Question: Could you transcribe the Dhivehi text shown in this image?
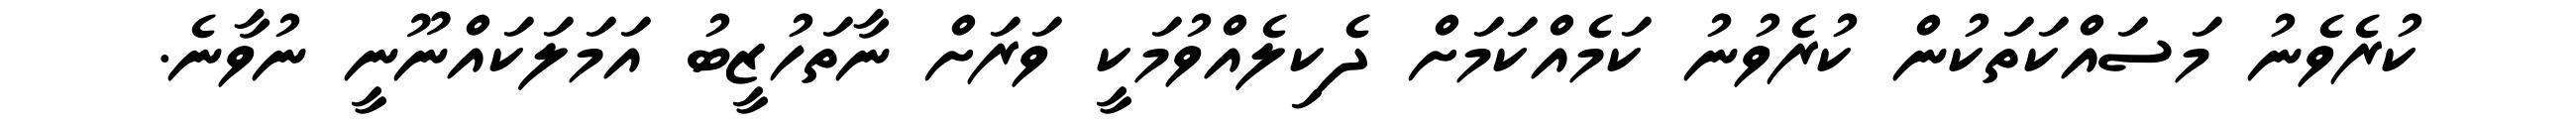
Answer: ކުރެވެނު މަސައްކަތަކުން ކުރެވުނު ކަމެއްކަމަށް ދެކިލެއްވުމަކީ ވަރަށް ނާތަހުޒީބު އަމަލަކައްނޫނީ ނުވާނެ.